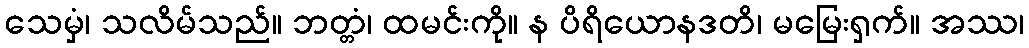
သေမှံ၊ သလိမ်သည်။ ဘတ္တံ၊ ထမင်းကို။ န ပိရိယောနဒတိ၊ မမြေးရှက်။ အဿ၊